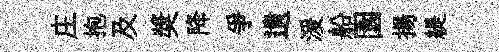
庄抱及奬降爭遺湲船園揚緹